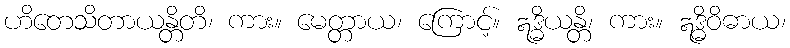
ဟိတေသိတာယန္တိတိ၊ ကား။ မေတ္တာယ၊ ကြောင့်။ ဣဒ္ဓိယန္တိ၊ ကား။ ဣဒ္ဓိဝိဓာယ၊